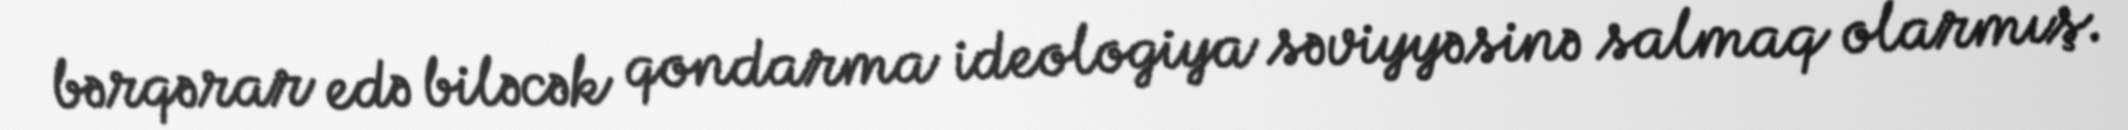
bərqərar edə biləcək qondarma ideologiya səviyyəsinə salmaq olarmış.